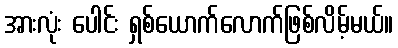
အားလုံး ပေါင်း ရှစ်ယောက်လောက်ဖြစ်လိမ့်မယ်။